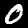
Digit: 0